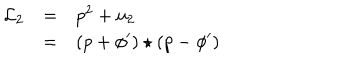
LaTeX: \begin{array} { l c l } { { { \mathcal L } _ { 2 } } } & { { = } } & { { { p } ^ { 2 } + u _ { 2 } } } \\ { { } } & { { = } } & { { ( p + { \phi } ^ { \prime } ) \star ( p - { \phi } ^ { \prime } ) } } \\ \end{array}